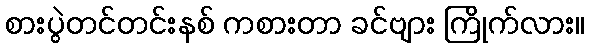
စားပွဲတင်တင်းနစ် ကစားတာ ခင်ဗျား ကြိုက်လား။